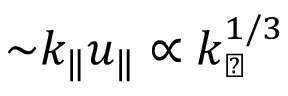
{ \sim } k _ { \| } u _ { \| } \propto k _ { \perp } ^ { 1 / 3 }